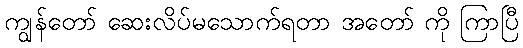
ကျွန်တော် ဆေးလိပ်မသောက်ရတာ အတော် ကို ကြာပြီ